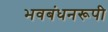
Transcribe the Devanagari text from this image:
भवबंधनरूपी